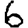
Digit: 6